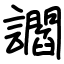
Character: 讇